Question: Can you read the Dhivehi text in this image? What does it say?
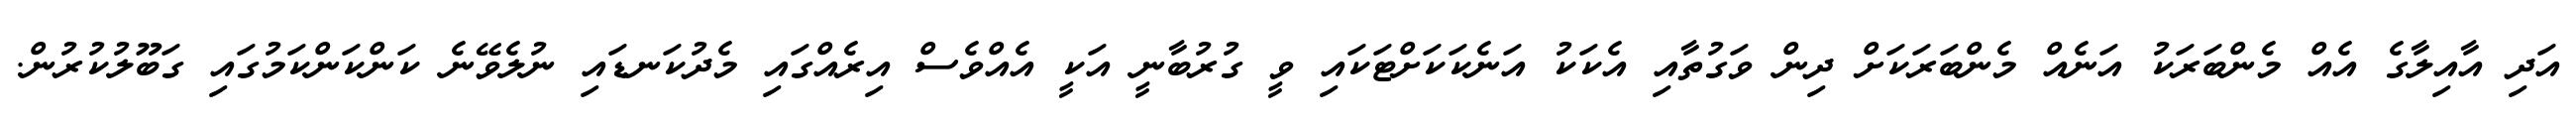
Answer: އަދި އާއިލާގެ އެއް މެންބަރަކު އަނެއް މެންބަރަކަށް ދިން ވަގުތާއި އެކަކު އަނެކަކަށްޓަކައި ވީ ގުރުބާނީ އަކީ އެއްވެސް އިރެއްގައި މެދުކަނޑައި ނުލެވޭނެ ކަންކަންކަމުގައި ގަބޫލުކުރުން.